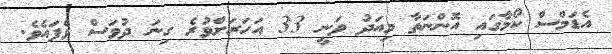
އެޑަމްސް ކޯމާގައި އޮންނަތާ މިއަދު ވަނީ 33 އަހަރަށްވުރެ ގިނަ ދުވަސް ވެފައެވެ.